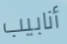
أنابيب